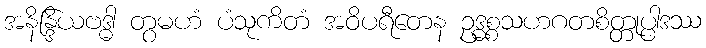
အနိန္ဒြိယဗဒ္ဓါ တွမဟံ ပံသုကိတံ အဝိပရီတေန ဥဒ္ဓစ္စသဟဂတစိတ္တုပ္ပါဒဿ